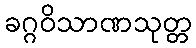
ခဂ္ဂဝိသာဏသုတ္တ